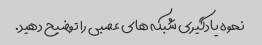
نحوه یادگیری شبکه های عصبی را توضیح دهید.